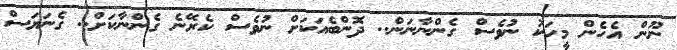
ނޫން އެހެން މީހަކު ނުވެސް ގެންނާނަން.. ދޮންބެއަކަށް ނުވެސް ކެރޭނެ ގެންނާކަށް.. ގެނަޔަސް